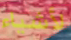
لأشياء